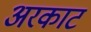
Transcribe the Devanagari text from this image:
अरकाट